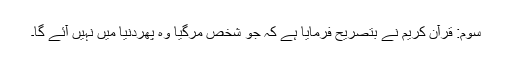
سوم: قرآن کریم نے بتصریح فرمایا ہے کہ جو شخص مرگیا وہ پھردنیا میں نہیں آئے گا۔